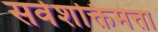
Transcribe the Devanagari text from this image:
सर्वशक्तिमत्ता